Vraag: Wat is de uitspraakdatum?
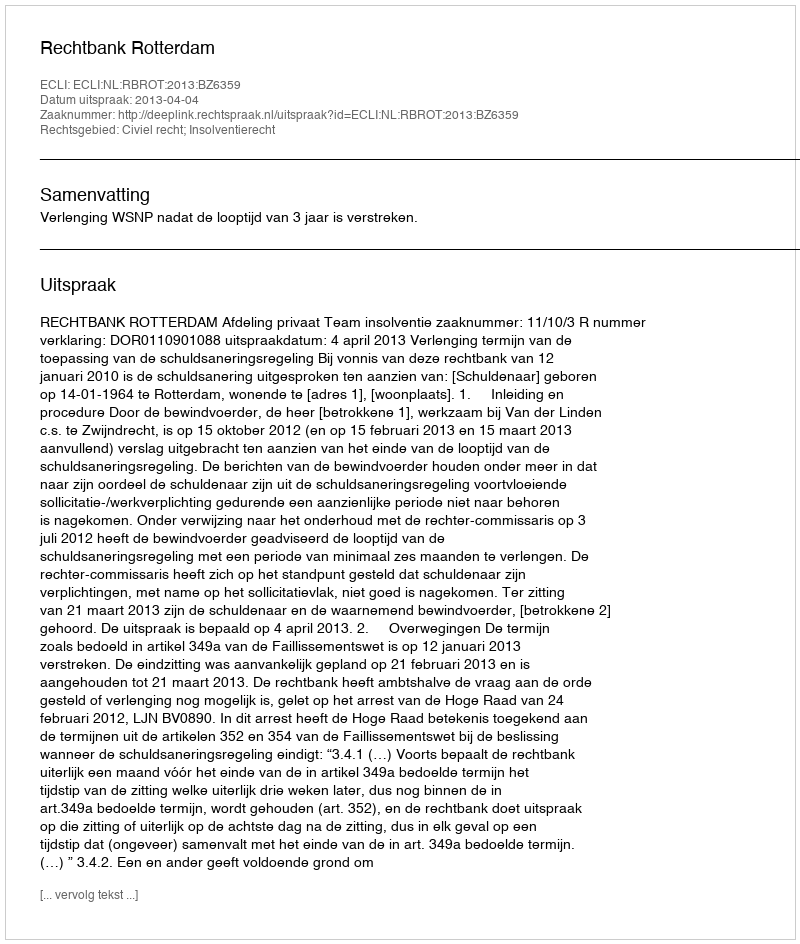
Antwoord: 2013-04-04